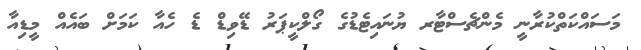
މަސައްކަތްކުރާނީ މެންޗެސްޓާރ ޔުނައިޓެޑުގެ ގޯލްކީޕަރު ޑޭވިޑް ޑެ ހެއާ ކަމަށް ބައެއް މީޑިއާ